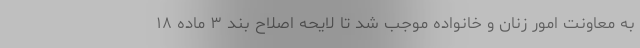
به معاونت امور زنان و خانواده موجب شد تا لایحه اصلاح بند ۳ ماده ۱۸